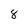
Character: 8